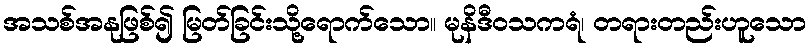
အသစ်အနုဖြစ်၍ မြတ်ခြင်းသို့ရောက်သော။ မုနိဒီဝသကရံ၊ တရားတည်းဟူသော